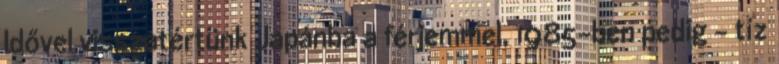
Idővel visszatértünk Japánba a férjemmel, 1985-ben pedig – tíz